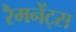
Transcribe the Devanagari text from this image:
रैमनेंट्स